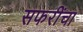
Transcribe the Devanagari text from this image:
सफरींचा